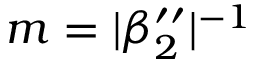
m = | \beta _ { 2 } ^ { \prime \prime } | ^ { - 1 }